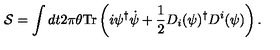
{ \cal S } = \int d t 2 \pi \theta \mathrm { T r } \left( i \psi ^ { \dagger } \dot { \psi } + \frac { 1 } { 2 } D _ { i } ( \psi ) ^ { \dagger } D ^ { i } ( \psi ) \right) .